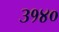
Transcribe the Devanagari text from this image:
३१४०